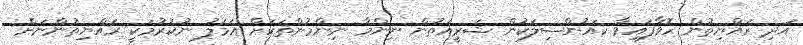
އަދި ރައްޔިތުން ހޮވާފައިވާ ކައުންސިލަކުން ޝަރީއަތުން ނިންމާ ނިންމުންތަކަށް އަމަލު ނުކުރުމަކީ ރައްޔިތުންނަށް